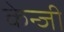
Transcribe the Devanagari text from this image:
केन्जी